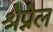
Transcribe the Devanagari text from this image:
श्रेप्नेल